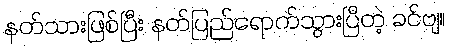
နတ်သားဖြစ်ပြီး နတ်ပြည်ရောက်သွားပြီတဲ့ ခင်ဗျ။